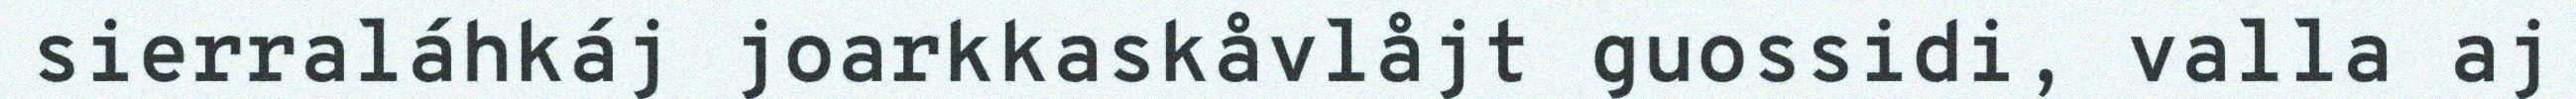
sierraláhkáj joarkkaskåvlåjt guossidi, valla aj